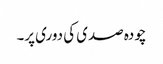
چودہ صدی کی دوری پر۔